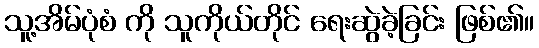
သူ့အိမ်ပုံစံ ကို သူကိုယ်တိုင် ရေးဆွဲခဲ့ခြင်း ဖြစ်၏။